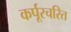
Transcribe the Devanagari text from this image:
कर्पूरचरित